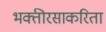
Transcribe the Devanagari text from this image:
भक्तीरसाकरिता